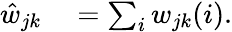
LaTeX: \begin{array}{rl}{\hat{w}_{jk}}&{{}=\sum_{i}w_{jk}(i).}\end{array}